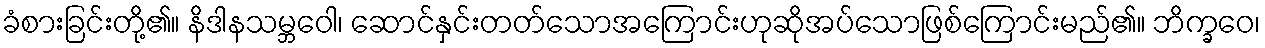
ခံစားခြင်းတို့၏။ နိဒါနသမ္ဘဝေါ၊ ဆောင်နှင်းတတ်သောအကြောင်းဟုဆိုအပ်သောဖြစ်ကြောင်းမည်၏။ ဘိက္ခဝေ၊